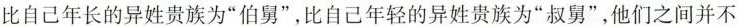
比自己年长的异姓贵族为”伯舅”，比自己年轻的异姓贵族为”叔舅”，他们之间并不